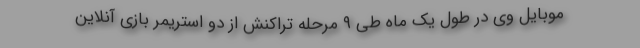
موبایل وی در طول یک ماه طی ۹ مرحله تراکنش از دو استریمر بازی آنلاین